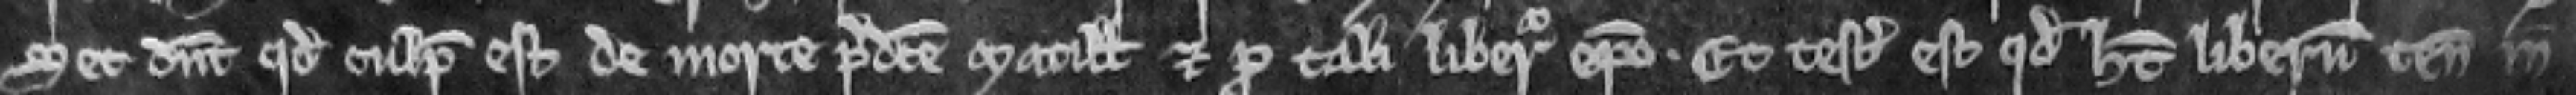
set dicunt quod culpabilis est de morte predicte Matillidis et pro tali liberatur episcopo. Et testatum est quod habet liberum tenementum in